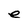
Character: e